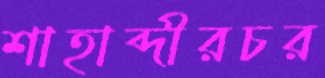
শাহাব্দীরচর